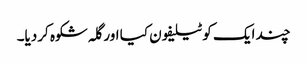
چند ایک کو ٹیلیفون کیا اور گلہ شکوہ کردیا۔